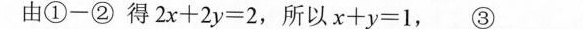
由①-②得$$2 x + 2 y = 2,$$所以$$x = - 1$$